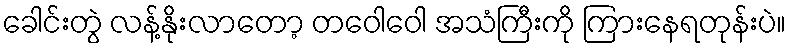
ခေါင်းတွဲ လန့်နိုးလာတော့ တဝေါဝေါ အသံကြီးကို ကြားနေရတုန်းပဲ။